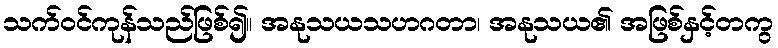
သက်ဝင်ကုန်သည်ဖြစ်၍။ အနုသယသဟဂတာ၊ အနုသယ၏ အဖြစ်နှင့်တကွ